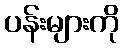
ပန်းများကို